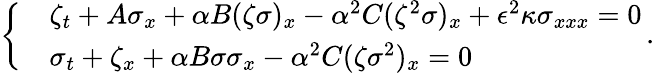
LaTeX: \left\{ \begin{array}{rl}&{\zeta_{t}+A\sigma_{x}+\alpha B({\zeta}{\sigma})_{x}-\alpha^{2}C({\zeta}^{2}{\sigma})_{x}+\epsilon^{2}\kappa{\sigma}_{xxx}=0}\\ &{\sigma_{t}+\zeta_{x}+\alpha B{\sigma}{\sigma}_{x}-\alpha^{2}C({\zeta}{\sigma}^{2})_{x}=0}\end{array}\right.\, .